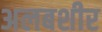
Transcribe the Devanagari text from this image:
अलबशीर